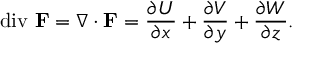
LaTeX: \operatorname { d i v } \, \mathbf { F } = \nabla \cdot \mathbf { F } = { \frac { \partial U } { \partial x } } + { \frac { \partial V } { \partial y } } + { \frac { \partial W } { \partial z } } .